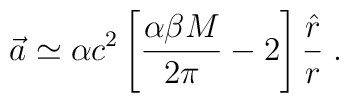
\vec{a}\simeq\alpha c^2\left[\frac{\alpha\beta M}{2\pi}-2\right]\frac{\hat{r}}{r}\; .